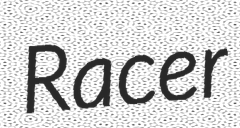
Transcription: Racer